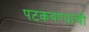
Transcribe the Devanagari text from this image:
पटकवण्याची